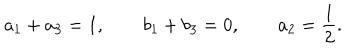
a _ { 1 } + a _ { 3 } = 1 , \qquad b _ { 1 } + b _ { 3 } = 0 , \qquad a _ { 2 } = \frac { 1 } { 2 } .